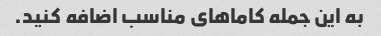
به این جمله کاماهای مناسب اضافه کنید.